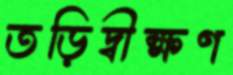
তড়িদ্বীক্ষণ